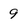
Character: 9